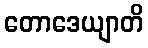
တောဒေယျာတိ